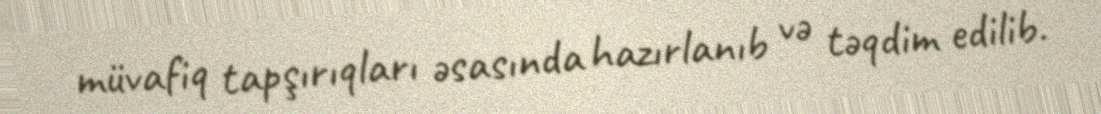
müvafiq tapşırıqları əsasında hazırlanıb və təqdim edilib.